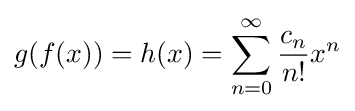
g(f(x))=h(x)=\sum _{n=0}^{\infty }{\frac {c_{n}}{n!}}x^{n}